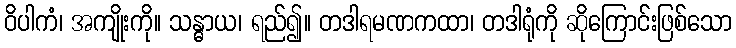
ဝိပါကံ၊ အကျိုးကို။ သန္ဓာယ၊ ရည်၍။ တဒါရမဏကထာ၊ တဒါရုံကို ဆိုကြောင်းဖြစ်သော